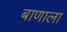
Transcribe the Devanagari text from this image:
बाणाला